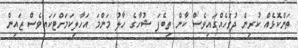
ތަންކޮޅެއް ކުރިން ދުވަހެއްގައިވެސް ކާން ތިބެފަ ޝުހާގެ ހާލު މަންމަ އަހާލިކަމަށްޓަކައިވެސް ޒައިން